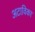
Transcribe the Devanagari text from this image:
अटाविका